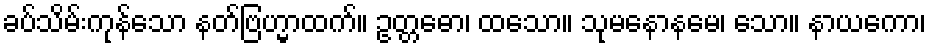
ခပ်သိမ်းကုန်သော နတ်ဗြဟ္မာထက်။ ဥတ္တဓော၊ ထသော။ သုမနောနမေ၊ သော။ နာယကော၊